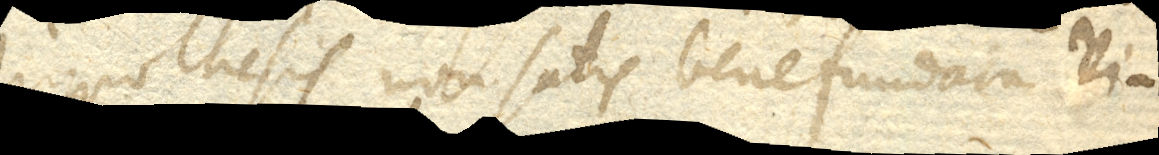
hypothesis non satis benefundata vi–